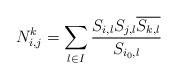
LaTeX: \begin{align*} N_{i,j}^k = \sum_{l\in I}\frac{S_{i,l}S_{j,l}\overline{S_{k,l}}}{S_{i_0,l}} \end{align*}